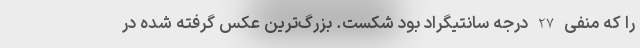
را که منفی 27 درجه سانتیگراد بود شکست. بزرگ‌ترین عکس گرفته شده در